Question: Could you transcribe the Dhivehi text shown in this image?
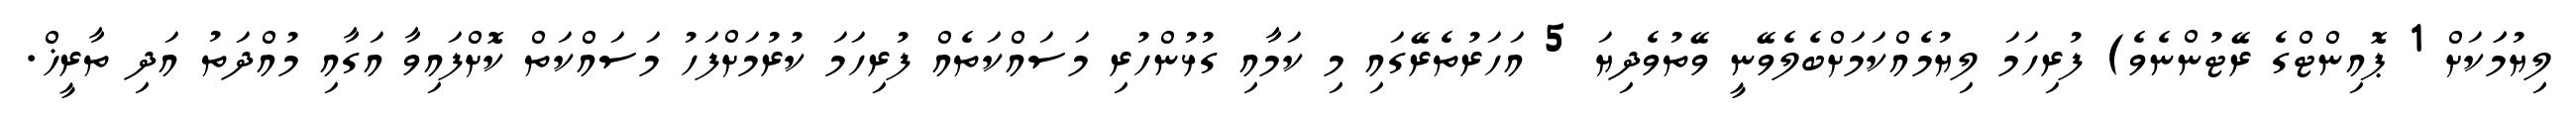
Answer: ލިޔުމަަކަށް 1 ޕޮއިންޓްގެ ރޭޓުންނެވެ) ފުރިހަމަ ލިޔުމެއްކަމަށްބެލެވޭނީ ވޭތުވެދިޔަ 5 އަހަރުތެރޭގައި މި ކަމާއި ގުޅުންހުރި މަސައްކަތެއް ފުރިހަމަ ކުރުމަށްފަހު މަސައްކަތް ކޮށްފައިވާ އަގާއި މުއްދަތު އަދި ތާރީޚް.